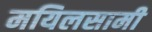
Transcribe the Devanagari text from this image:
मयिलसामी